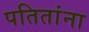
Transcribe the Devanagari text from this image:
पतितांना